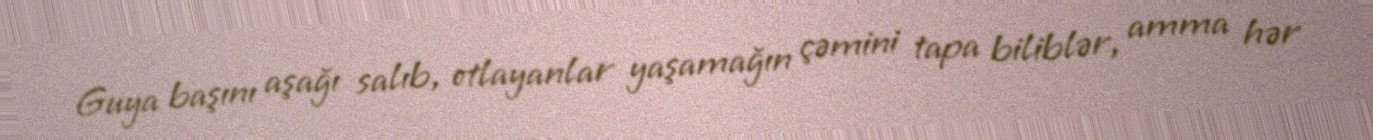
Guya başını aşağı salıb, otlayanlar yaşamağın çəmini tapa biliblər, amma hər